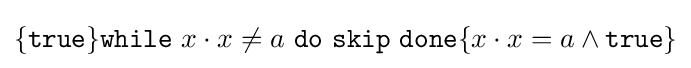
\{{\texttt {true}}\}{\texttt {while}}\ x\cdot x\neq a\ {\texttt {do}}\ {\texttt {skip}}\ {\texttt {done}}\{x\cdot x=a\wedge {\texttt {true}}\}